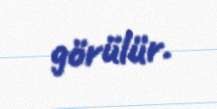
görülür.